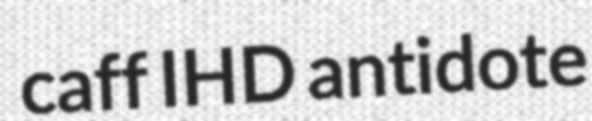
caff IHD antidote